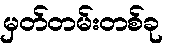
မှတ်တမ်းတစ်ခု